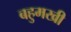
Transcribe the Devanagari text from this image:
बहुमखी